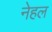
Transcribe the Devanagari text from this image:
नेहल